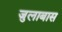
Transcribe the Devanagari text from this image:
जुलाबास